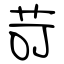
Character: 苛